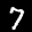
Label: 7